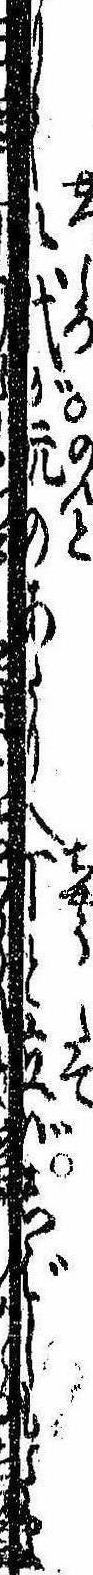
りて八代がのあたりへ丁と立ばしばしもたま